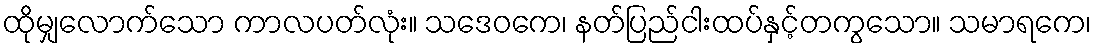
ထိုမျှလောက်သော ကာလပတ်လုံး။ သဒေဝကေ၊ နတ်ပြည်ငါးထပ်နှင့်တကွသော။ သမာရကေ၊